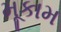
મૂકામ